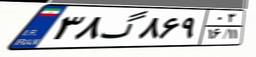
۲۸گ۷۰۵۰۱